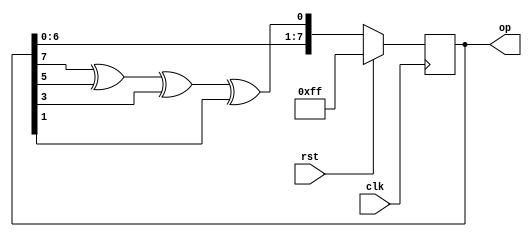
`timescale 1ns / 1ps

module lfsr_8(clk,rst,op);
input clk, rst;
output [7:0]op;
reg [7:0] data;
always @(posedge clk) begin
if (rst)
data <= 8'hff; 
else
data <= {data[6:0], data[7] ^ data[5] ^ data[3] ^ data[1]};
end
assign op = data;

endmodule